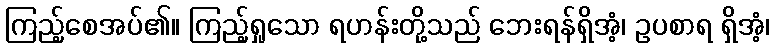
ကြည့်စေအပ်၏။ ကြည့်ရှုသော ရဟန်းတို့သည် ဘေးရန်ရှိအံ့၊ ဥပစာရ ရှိအံ့၊